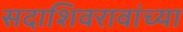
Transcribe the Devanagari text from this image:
सदाशिवरावांच्या